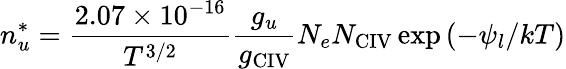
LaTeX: n_{u}^{*}={\frac{2.07\times 10^{-16}}{T^{3/2}}}{\frac{g_{u}}{g_{\scriptstyle\mathrm{CIV}}}}N_{e}N_{\scriptstyle\mathrm{CIV}}\exp{(-\psi_{l}/kT)}